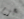
بحزم